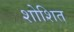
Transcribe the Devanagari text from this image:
शोशित